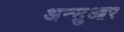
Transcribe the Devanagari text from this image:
अन्सुआर